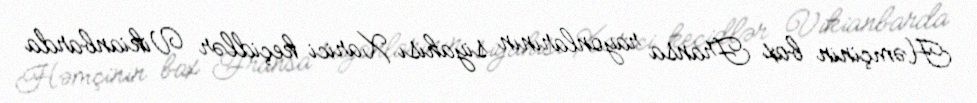
Həmçinin bax Fransa rayonlarının siyahısı Xarici keçidlər Vikianbarda